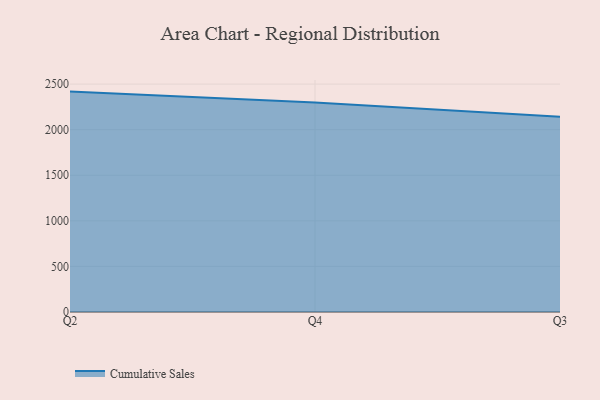
{"axis": {"x": "Quarter", "y": "Latency (ms)"}, "legend": ["Cumulative Sales"], "data": [{"x": "Q2", "y": 2417.7, "type": "Cumulative Sales"}, {"x": "Q4", "y": 2298.2, "type": "Cumulative Sales"}, {"x": "Q3", "y": 2140.9, "type": "Cumulative Sales"}]}